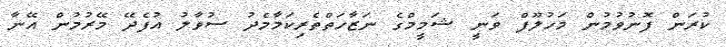
ކުރަން ފޮނުވުމުން މަހުލޫފް ވަނީ ޝަމީމްގެ ނަޒާހަތްތެރިކަމާމެދު ސުވާލު އުފެދޭ މޭރުމުން އޭނާ